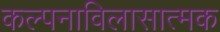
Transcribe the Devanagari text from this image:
कल्पनाविलासात्मक